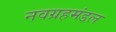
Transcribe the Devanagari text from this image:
नवग्रहमंडल